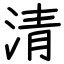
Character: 清